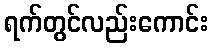
ရက်တွင်လည်းကောင်း